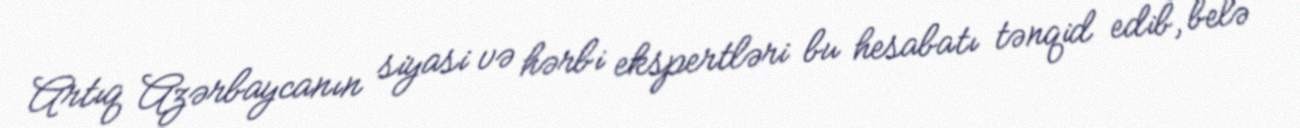
Artıq Azərbaycanın siyasi və hərbi ekspertləri bu hesabatı tənqid edib, belə